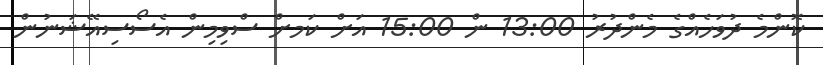
ކޮންމެ ދުވަހެއްގެ މެންދުރު 13:00 ން 15:00 އަށް ކަމށް ސްވިމިން އެސޯސިއޭޝަނުން